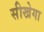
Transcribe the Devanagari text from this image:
सीखेगा